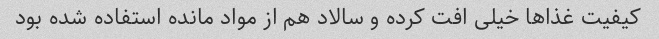
کیفیت غذاها خیلی افت کرده و سالاد هم از مواد مانده استفاده شده بود